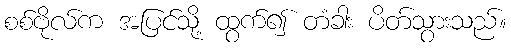
စစ်ဗိုလ်က အပြင်သို့ ထွက်၍ တံခါး ပိတ်သွားသည်။